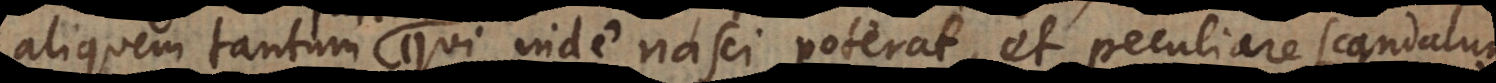
aliquem tantum qui inde nasci poterat, et peculiare scandalum